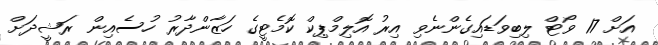
އަށް 17 ވޯޓް ލިބިވަޑައިގެންނެވި އިރު އޮލިމްޕިކް ކޮމެޓީގެ ހަޒާންދާރު ހުސެއިން ރަޝީދަށް